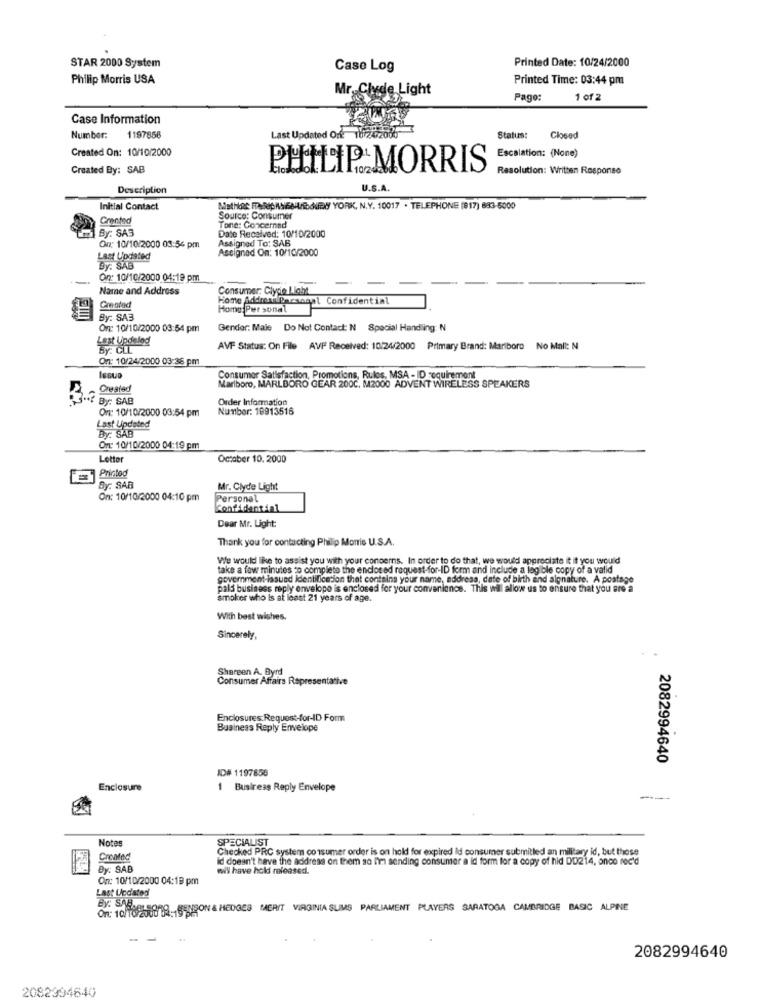
Printed Date: 10/24/2000
STAR 2000 System
Case Log
Philip Morris USA
Printed Time: 03:44 pm
Mr. Clyde Light
Pago:
1012
Case Information
Number: 1197856
Last Updated Orf: 101242
Status: Closed
Created On: 10/10/2000
Escalation: (None)
Created By: SAB
PHILIP MORRIS
Resolution: Written Response
Description
U.S.A.
Initial Contact
MstHot: FARKASBABY YORK, N.Y. 10017 . TELEPHONE [817) 683-5000
Granted
Source: Consumer
By: SAS
Tone: Concernad
Date Received: 10/10/2000
On: 10/10/2000 08:54 pm
Assigned To: SAB
Assigned Om: 10/10/2000
Last Updated
By: SAB
On: 10/10/2000 04:19 pm
Name and Address
Consumer; Clype Laht
Home AddromilPacsanal Confidential
Created
Home: Per sonal
By: SA3
On: 10/10/2000 03:54 pm
Gender: Male Do Not Contact: N Special Handling: N
Lest Updeled
By: CLL
AVF Status: On File AVI Received: 10/24/2000 Primary Brand: Mariboro No Mall: N
On: 10/24/2000 03:36 pm
Consumer Satisfaction, Promotions, Rules, MSA - ID requirement
Created
Marlboro, MARLBORO GEAR 200C. M2000 ADVENT WIRELESS SPEAKERS
By: SAB
Order Information
On: 10/10/2000 03:54 pm
Number: 19913516
Last Updated
By: SAB
On: 10/10/2000 04:19 pm
Letter
October 10, 2000
Printed
By: SAB
Mr. Clyde Light
On: 10/10/2000 04:10 pm
Personel
Confidential
Dear Mr. Light:
Thank you for contacting Philip Morris U.S.A.
We would like to assist you with your concerns. In order to do that, we would appreciate it it you would
take a few minutes to complete the enclosed request-for-ID form and include a legible copy of a valid
government-lasund Identification that contains your name, address, date of birth and algnature. A postage
pals business reply envelope is enclosed for your convenience. This wil allow us to ensure that you are a
smoker who is at least 21 years of age.
With best wishes.
Sincerely,
Shareen A. Byrd
Consumer Affairs Representative
Enclosures Request-for-ID Form
Business Reply Envelope
2082994640
ID# 1197856
Enclosure
1 Bustress Reply Envelope
---
Notes
SPECIALIST
Checked PRC system consumer order is on hold for expired id consumer submitled an military id, but those
Created
id doesn't have the address on them so I'm sending consumer a id form for a copy of hid DD214, onco rec'd
By: SAB
will have hold released.
On: 10/10/2000 04:19 pm
Last Updated
By: She
On: 10/10/200019:16SHION & HEDGES MERIT VIRGINIA SUMS PARLIAMENT PLAYERS SARATOGA CAMBRIDGE BASIC ALPINE
- -
2082994640
2082994640